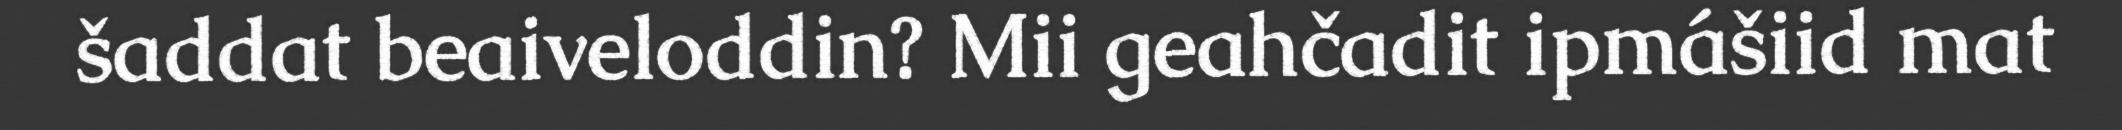
šaddat beaiveloddin? Mii geahčadit ipmášiid mat